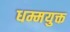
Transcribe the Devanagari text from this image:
धम्मयुक्त